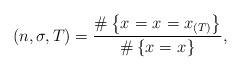
LaTeX: \begin{align*}_{}(n,\sigma,T) =\frac{ \# \left\{ x_{} = x_{} = x_{(T)} \right\} } { \# \left\{ x_{} = x_{} \right\} },\end{align*}